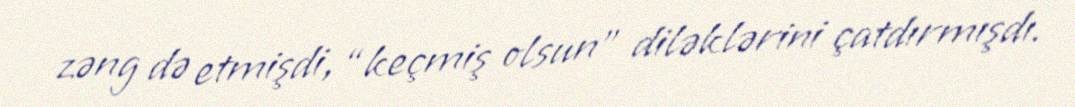
zəng də etmişdi, “keçmiş olsun” diləklərini çatdırmışdı.